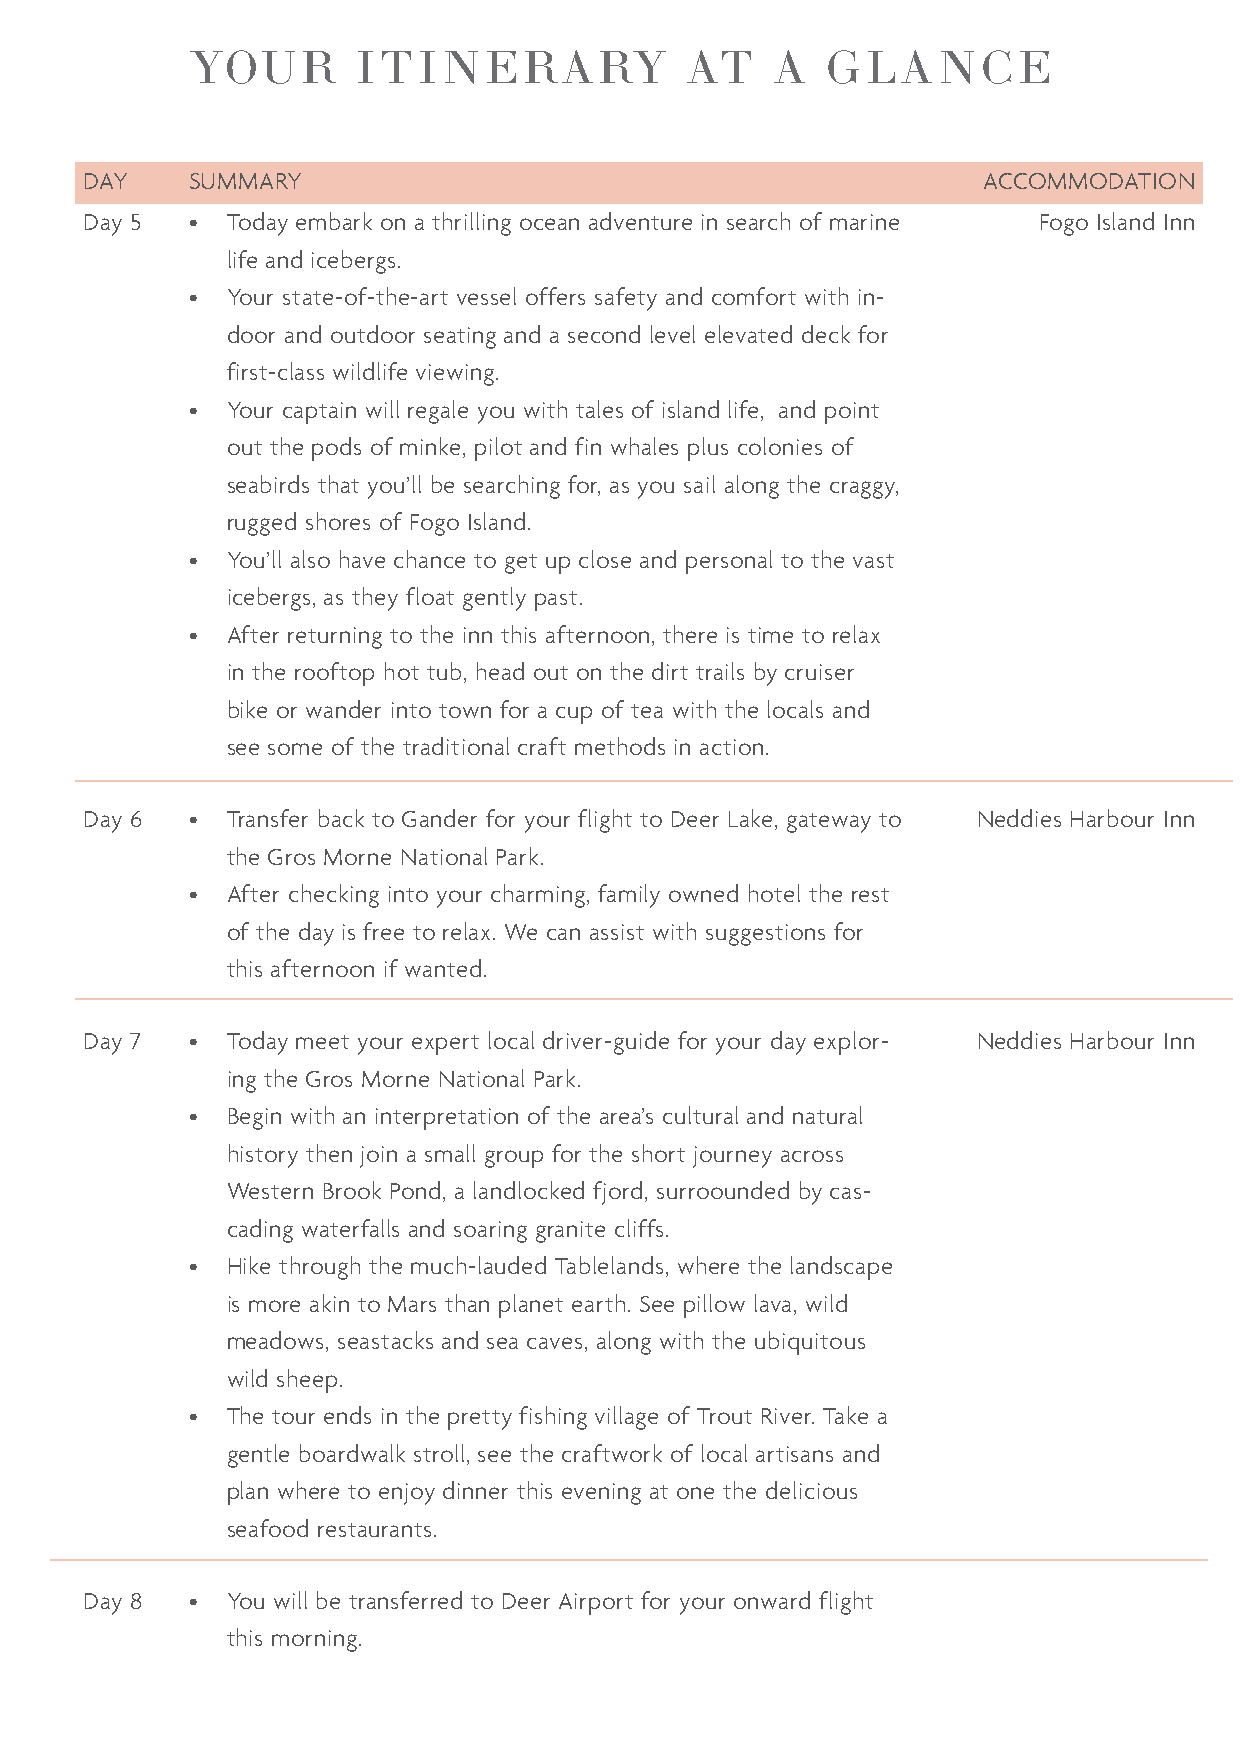
YOUR       ITINERARY            AT    A   GLANCE
 DAY    SUMMARY                                             ACCOMMODATION
 Day 5  • Today embark on a thrilling ocean adventure in search of marine Fogo Island Inn
 life and icebergs.
 • Your state-of-the-art vessel offers safety and comfort with in-
 door and outdoor seating and a second level elevated deck for
 first-class wildlife viewing.
 • Your captain will regale you with tales of island life, and point
 out the pods of minke, pilot and fin whales plus colonies of
 seabirds that you’ll be searching for, as you sail along the craggy,
 rugged shores of Fogo Island.
 • You’ll also have chance to get up close and personal to the vast
 icebergs, as they float gently past.
 • After returning to the inn this afternoon, there is time to relax
 in the rooftop hot tub, head out on the dirt trails by cruiser
 bike or wander into town for a cup of tea with the locals and
 see some of the traditional craft methods in action.
 Day 6  • Transfer back to Gander for your flight to Deer Lake, gateway to Neddies Harbour Inn
 the Gros Morne National Park.
 • After checking into your charming, family owned hotel the rest
 of the day is free to relax. We can assist with suggestions for
 this afternoon if wanted.
 Day 7  • Today meet your expert local driver-guide for your day explor- Neddies Harbour Inn
 ing the Gros Morne National Park.
 • Begin with an interpretation of the area’s cultural and natural
 history then join a small group for the short journey across
 Western Brook Pond, a landlocked fjord, surroounded by cas-
 cading waterfalls and soaring granite cliffs.
 • Hike through the much-lauded Tablelands, where the landscape
 is more akin to Mars than planet earth. See pillow lava, wild
 meadows, seastacks and sea caves, along with the ubiquitous
 wild sheep.
 • The tour ends in the pretty fishing village of Trout River. Take a
 gentle boardwalk stroll, see the craftwork of local artisans and
 plan where to enjoy dinner this evening at one the delicious
 seafood restaurants.
 Day 8  • You will be transferred to Deer Airport for your onward flight
 this morning.